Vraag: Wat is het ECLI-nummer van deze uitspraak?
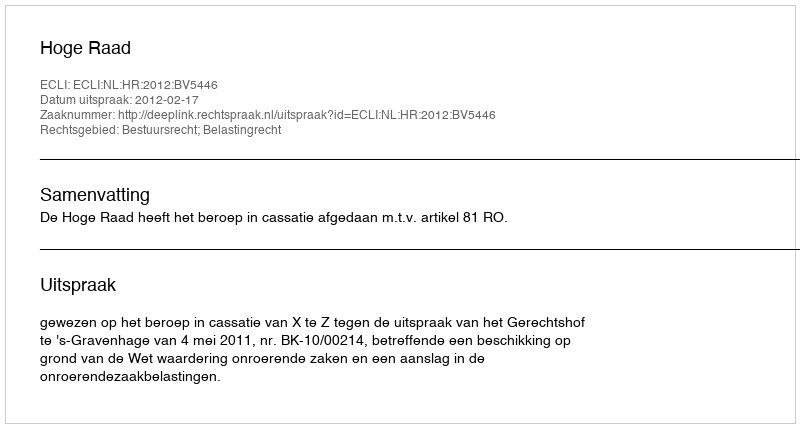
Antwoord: ECLI:NL:HR:2012:BV5446